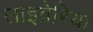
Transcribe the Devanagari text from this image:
लाइव्रेरिया